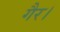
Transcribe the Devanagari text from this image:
गैर।